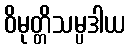
ဝိမုတ္တိသမ္ပဒါယ